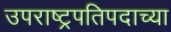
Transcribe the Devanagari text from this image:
उपराष्ट्रपतिपदाच्या